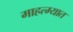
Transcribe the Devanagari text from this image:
माहत्म्यात